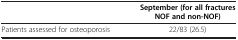
<table><thead><tr><td><b> </b></td><td><b>September (for all fractures NOF and non-NOF)</b></td></tr></thead><tbody><tr><td>Patients assessed for osteoporosis</td><td>22/83 (26.5)</td></tr></tbody></table>